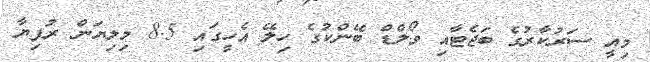
މިއީ ސަރުކާރުގެ ބަޖެޓާއި ވޯލްޑް ބޭންކުގެ ހިލޭ އެހީގައި 8.5 މިލިޔަން ރުފިޔާ